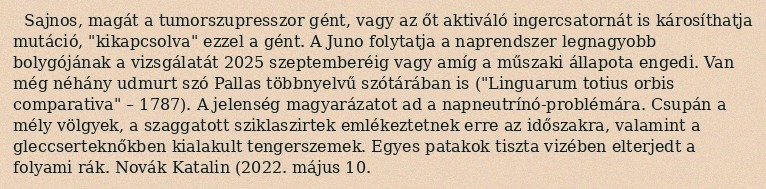
Sajnos, magát a tumorszupresszor gént, vagy az őt aktiváló ingercsatornát is károsíthatja mutáció, "kikapcsolva" ezzel a gént. A Juno folytatja a naprendszer legnagyobb bolygójának a vizsgálatát 2025 szeptemberéig vagy amíg a műszaki állapota engedi. Van még néhány udmurt szó Pallas többnyelvű szótárában is ("Linguarum totius orbis comparativa" – 1787). A jelenség magyarázatot ad a napneutrínó-problémára. Csupán a mély völgyek, a szaggatott sziklaszirtek emlékeztetnek erre az időszakra, valamint a gleccserteknőkben kialakult tengerszemek. Egyes patakok tiszta vizében elterjedt a folyami rák. Novák Katalin (2022. május 10.